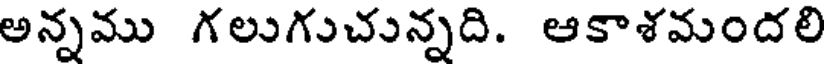
అన్నము గలుగుచున్నది. ఆకాశమందలి